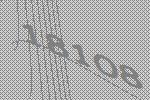
18108